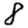
Digit: 8